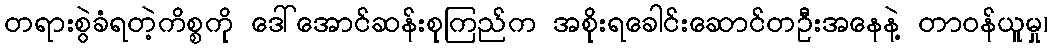
တရားစွဲခံရတဲ့ကိစ္စကို ဒေါ်အောင်ဆန်းစုကြည်က အစိုးရခေါင်းဆောင်တဦးအနေနဲ့ တာဝန်ယူမှု၊